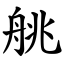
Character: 䑬